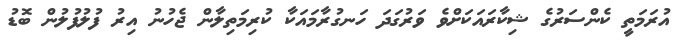
އުރަމަތީ ކެންސަރުގެ ޝިކާރައަކަށްވެ ވަރުގަދަ ހަނގުރާމައަކާ ކުރިމަތިލާން ޖެހުނު އިރު ފުލުފުލުން ބޮޑު